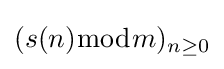
(s(n){\bmod {m}})_{n\geq 0}